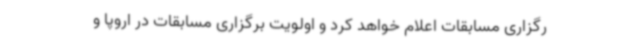
رگزاری مسابقات اعلام خواهد کرد و اولویت برگزاری مسابقات در اروپا و